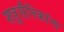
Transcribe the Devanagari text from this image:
शत्रुसैनिकांना